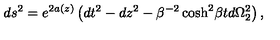
d s ^ { 2 } = e ^ { 2 a ( z ) } \left( d t ^ { 2 } - d z ^ { 2 } - \beta ^ { - 2 } \cosh ^ { 2 } \! \beta t d \Omega _ { 2 } ^ { 2 } \right) ,